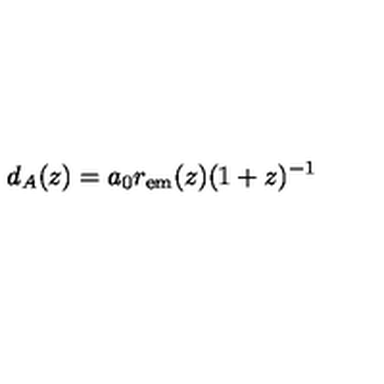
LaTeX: d _ { A } ( z ) = a _ { 0 } r _ { \mathrm { e m } } ( z ) ( 1 + z ) ^ { - 1 }